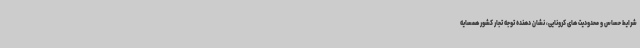
شرایط حساس و محدودیت های کرونایی، نشان دهنده توجه تجار کشور همسایه